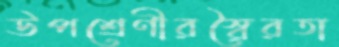
উপশ্রেণীরস্বৈরতা